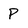
Character: P